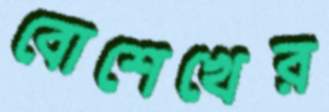
বোশেখের